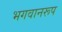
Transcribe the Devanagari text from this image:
भगवानरूप